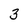
Character: 3